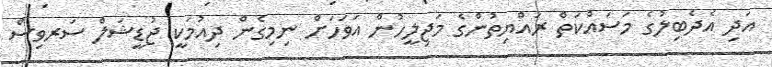
އަދި އެދެބިލުގެ މަސައްކަތް ރައްޔިތުންގެ މަޖިލީހުން އަވަހަށް ނިމިގެން ދިއުމަކީ ޖުޑީޝަލް ސަރވިސް